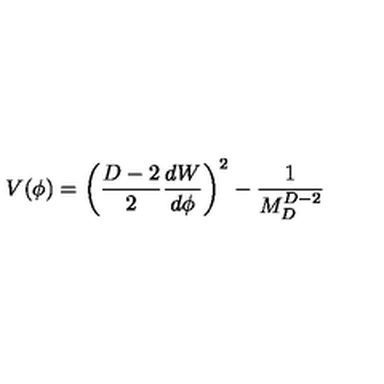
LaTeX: V ( \phi ) = \left( { \frac { D - 2 } { 2 } } { \frac { d W } { d \phi } } \right) ^ { 2 } - { \frac { 1 } { M _ { D } ^ { D - 2 } } }